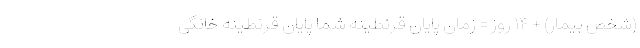
(شخص بیمار) + ۱۴ روز = زمان پایان قرنطینهٔ شما پایان قرنطینه خانگی